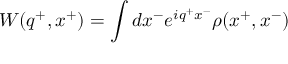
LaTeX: W ( q ^ { + } , x ^ { + } ) = \int d x ^ { - } e ^ { i q ^ { + } x ^ { - } } \rho ( x ^ { + } , x ^ { - } )